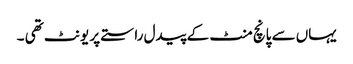
یہاں سے پانچ منٹ کے پیدل راستے پر یونٹ تھی ۔